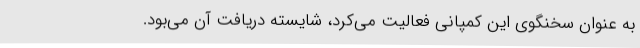
به عنوان سخنگوی این کمپانی فعالیت می‌کرد، شایسته دریافت آن می‌بود.